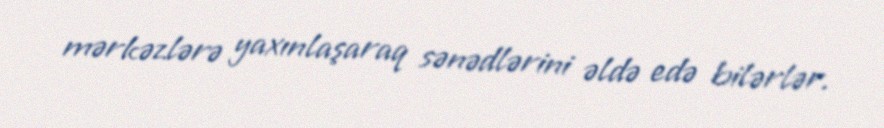
mərkəzlərə yaxınlaşaraq sənədlərini əldə edə bilərlər.